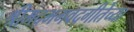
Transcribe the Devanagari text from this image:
श्रीमद्‌भगवद्‌गीतेच्या